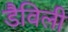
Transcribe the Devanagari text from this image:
डैविली